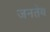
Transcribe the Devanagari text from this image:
जनतेय